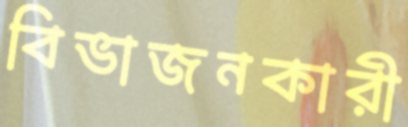
বিভাজনকারী